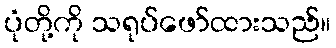
ပုံတို့ကို သရုပ်ဖော်ထားသည်။